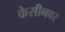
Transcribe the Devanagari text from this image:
केसीनवर